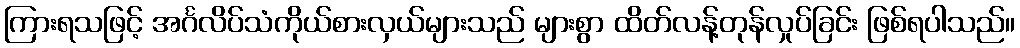
ကြားရသဖြင့် အင်္ဂလိပ်သံကိုယ်စားလှယ်များသည် များစွာ ထိတ်လန့်တုန်လှုပ်ခြင်း ဖြစ်ရပါသည်။